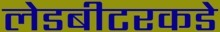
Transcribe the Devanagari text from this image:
लेडबीटरकडे